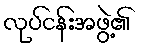
လုပ်ငန်းအဖွဲ့၏